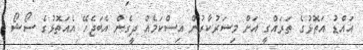
އައްޑު އަތޮޅުގެ ތަރައްގީ އަށް މިސަރުކާރުން އިސްކަމެއް ދީގެން އެބަޖެހޭ އެއަތޮޅުގެ ސޯޝޯ